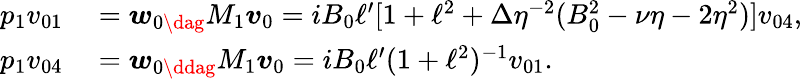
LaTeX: \begin{array}{rl}{p_{1}v_{01}}&{{}=\boldsymbol{w}_{0\dag}M_{1}\boldsymbol{v}_{0}=iB_{0}\ell^{\prime}[1+\ell^{2}+\Delta\eta^{-2}(B_{0}^{2}-\nu\eta-2\eta^{2})]v_{04},}\\ {p_{1}v_{04}}&{{}=\boldsymbol{w}_{0\ddag}M_{1}\boldsymbol{v}_{0}=iB_{0}\ell^{\prime}(1+\ell^{2})^{-1}v_{01}.}\end{array}